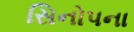
સિનોપના